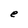
Character: e